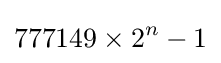
777149\times 2^{n}-1